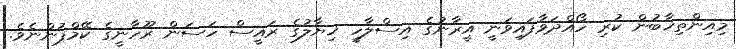
މިއިންތިޚާބުން ކުރި ހޯއްދަވާފައިވަނީ އީރާނުގެ އިސްލާހީ ޚިޔާލުގެ ރައީސް ހަސަން ރޫހާނީގެ ކޭމްޕުންނެވެ.